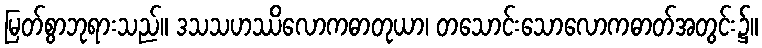
မြတ်စွာဘုရားသည်။ ဒသသဟဿိလောကဓာတုယာ၊ တသောင်းသောလောကဓာတ်အတွင်း၌။